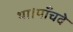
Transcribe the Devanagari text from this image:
था।पाँचवे